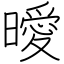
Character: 曖